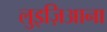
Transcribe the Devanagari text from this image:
लुइज़िआना